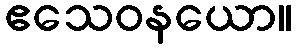
ဧသေဝနယော။